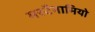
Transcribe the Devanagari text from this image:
मस्टैनामियो